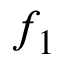
f _ { 1 }